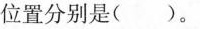
位置分别是( )。